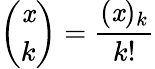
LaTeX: {\binom{\mathit{x}}{k}}={\frac{{(\mathit{x})_{k}}}{{k!}}}